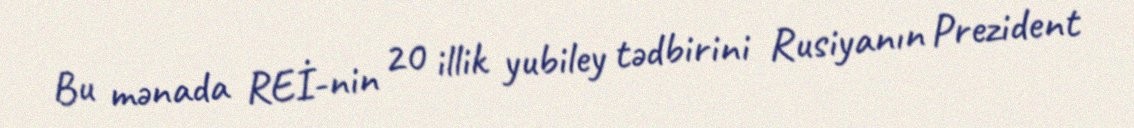
Bu mənada REİ-nin 20 illik yubiley tədbirini Rusiyanın Prezident